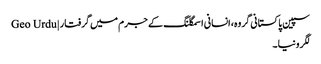
سپین پاکستانی گروہ، انسانی اسمگلنگ کے جرم میں گرفتار | Geo Urdu
لگرونیا۔